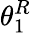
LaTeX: \theta_{1}^{R}